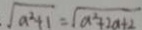
\sqrt { a ^ { 2 } + 1 } = \sqrt { a ^ { 2 } + 2 a + 2 }